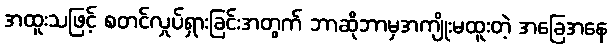
အထူးသဖြင့် စတင်လှုပ်ရှားခြင်းအတွက် ဘာဆိုဘာမှအကျိုးမထူးတဲ့ အခြေအနေ